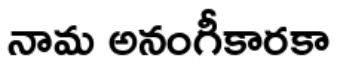
నామ అనంగీకారకా